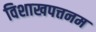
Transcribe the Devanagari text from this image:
विशाखपत्तनम